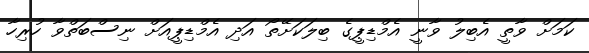
ކަމަށް ވާތީ އެބިލު ވާނީ އެމްޑިޕީގެ ބިލަކަށޭތޯ އަދި އެމްޑިޕީއަށް ނިސްބަތްވާ ހުރިހާ